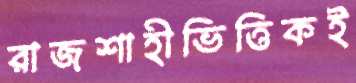
রাজশাহীভিত্তিকই